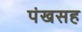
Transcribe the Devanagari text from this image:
पंखसह